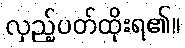
လှည့်ပတ်ထိုးရ၏။